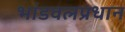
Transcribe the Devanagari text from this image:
भांडवलप्रधान